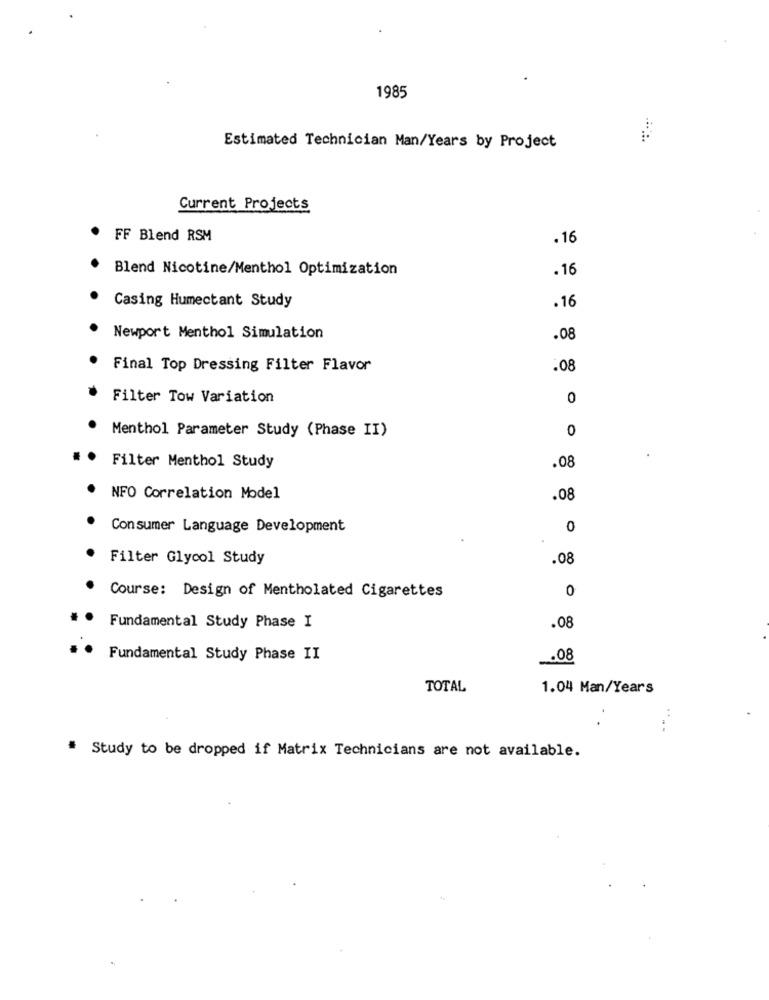
1985
Estimated Technician Man/Years by Project
Current Projects
FF Blend RSM
.16
Blend Nicotine/Menthol Optimization
.16
Casing Humectant Study
.16
Newport Menthol Simulation
.08
Final Top Dressing Filter Flavor
.08
Filter Tow Variation
0
Menthol Parameter Study (Phase II)
0
Filter Menthol Study
.08
NFO Correlation Model
.08
Consumer Language Development
0
Filter Glycol Study
.08
Course: Design of Mentholated Cigarettes
0
Fundamental Study Phase I
.08
Fundamental Study Phase II
.08
TOTAL
1.04 Man/Years
-
# Study to be dropped if Matrix Technicians are not available.